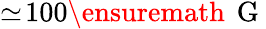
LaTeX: \simeq\! 100\ensuremath{\, \mathrm{~G~}}